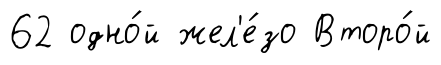
62 одно́й жел'е́зо Второ́й